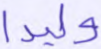
وليدا